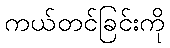
ကယ်တင်ခြင်းကို